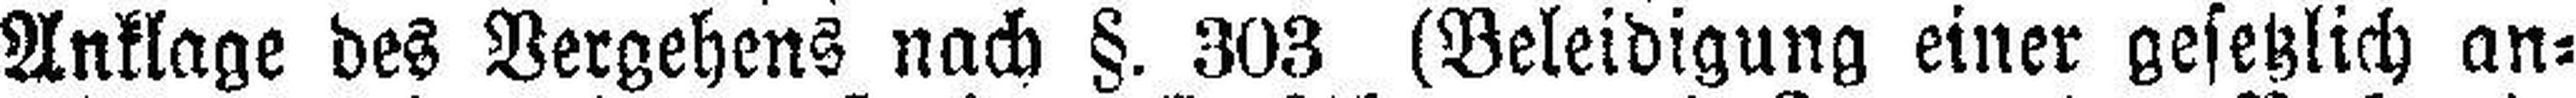
Anklage des Vergehens nach §. 303 (Beleidigung einer gesetzlich an¬